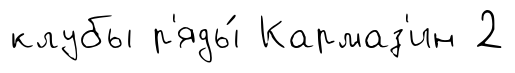
клубы р'яды́ Кармаз'ин 2